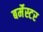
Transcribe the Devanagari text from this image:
बर्मेस्टर